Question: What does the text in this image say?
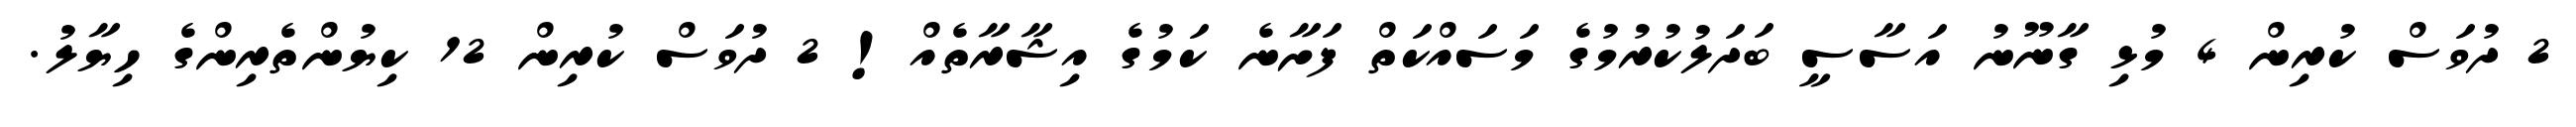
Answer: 2 ދުވަސް ކުރިން 4 މުޅި ގާނޫނު އަސާސީ ބަދަލުކުރުމުގެ މަސައްކަތް ފަށާނެ ކަމުގެ އިޝާރާތެއް! 2 ދުވަސް ކުރިން 12 ކިޔުންތެރިންގެ ހިޔާލު.